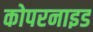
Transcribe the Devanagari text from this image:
कोपरनाइड